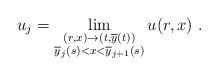
LaTeX: \begin{align*}u_{j}=\lim_{\substack{(r,x)\to(t,\overline{y}(t))\\\overline{y}_{j}(s)<x<\overline{y}_{j+1}(s)}} u(r,x) \ .\end{align*}